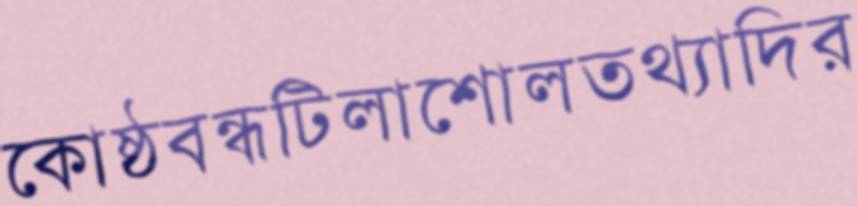
কোষ্ঠবন্ধটিলাশোলতথ্যাদির